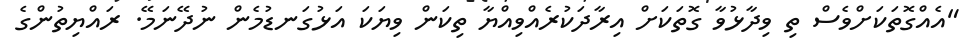
"އެއްގޮތަކަށްވެސް ތި ވިދާޅުވާ ގޮތަކަށް އިރާދަކުރެއްވިއްޔާ ތިކަން ވިޔަކަ އަޅުގަނޑުމެން ނުދޭނަމޭ. ރައްޔިތުންގެ